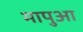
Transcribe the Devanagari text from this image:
मापुआ